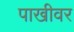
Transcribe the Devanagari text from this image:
पाखीवर